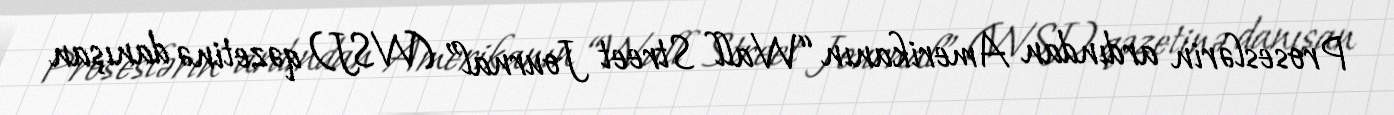
Proseslərin ardından Amerikanın “Wall Street Journal” (WSJ) qəzetinə danışan